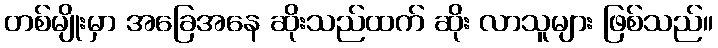
တစ်မျိုးမှာ အခြေအနေ ဆိုးသည်ထက် ဆိုး လာသူများ ဖြစ်သည်။